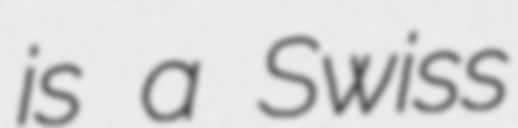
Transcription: is a Swiss